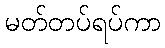
မတ်တပ်ရပ်ကာ